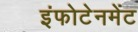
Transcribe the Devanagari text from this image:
इंफोटेनमेंट